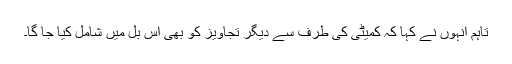
تاہم انہوں نے کہا کہ کمیٹی کی طرف سے دیگر تجاویز کو بھی اس بل میں شامل کیا جا گا۔